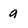
Character: a